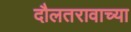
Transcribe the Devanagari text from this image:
दौलतरावाच्या